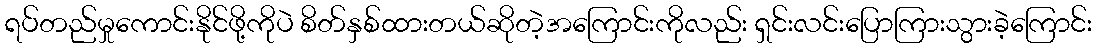
ရပ်တည်မှုကောင်းနိုင်ဖို့ကိုပဲ စိတ်နှစ်ထားတယ်ဆိုတဲ့အကြောင်းကိုလည်း ရှင်းလင်းပြောကြားသွားခဲ့ကြောင်း